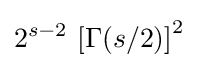
2^{s-2}\,\left[\Gamma (s/2)\right]^{2}